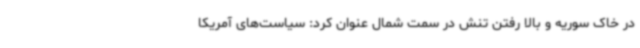
در خاک سوریه و بالا رفتن تنش در سمت شمال عنوان کرد: سیاست‌های آمریکا